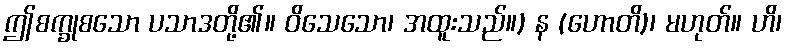
ဤစက္ခုစသော ပသာဒတို့၏။ ဝိသေသော၊ အထူးသည်။) န (ဟောတိ)၊ မဟုတ်။ ဟိ၊